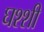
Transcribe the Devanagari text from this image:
घश्शी